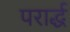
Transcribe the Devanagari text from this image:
परार्द्ध